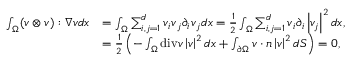
\begin{array} { r l } { \int _ { \Omega } ( \boldsymbol { v } \otimes \boldsymbol { v } ) : \nabla \boldsymbol { v } d x } & { = \int _ { \Omega } \sum _ { i , j = 1 } ^ { d } \boldsymbol { v } _ { i } \boldsymbol { v } _ { j } \partial _ { i } \boldsymbol { v } _ { j } d x = \frac { 1 } { 2 } \int _ { \Omega } \sum _ { i , j = 1 } ^ { d } \boldsymbol { v } _ { i } \partial _ { i } \left\lvert \boldsymbol { v _ { j } } \right\rvert ^ { 2 } d x , } \\ & { = \frac { 1 } { 2 } \left( - \int _ { \Omega } \mathrm { d i v } \boldsymbol { v } \left\lvert \boldsymbol { v } \right\rvert ^ { 2 } d x + \int _ { \partial \Omega } \boldsymbol { v } \cdot \boldsymbol { n } \left\lvert \boldsymbol { v } \right\rvert ^ { 2 } d S \right) = 0 , } \end{array}